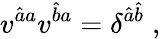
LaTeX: v^{\hat{a}a}v^{\hat{b}a}=\delta^{\hat{a}\hat{b}}\; ,